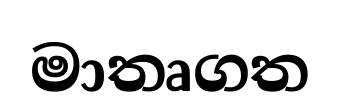
මාතෘගත